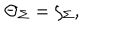
\Theta _ { \Sigma } = \zeta _ { \Sigma } ,